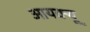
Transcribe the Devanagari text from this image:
आयक्यू